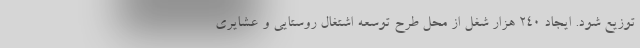
توزیع شود. ایجاد ۲۴۰ هزار شغل از محل طرح توسعه اشتغال روستایی و عشایری